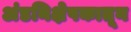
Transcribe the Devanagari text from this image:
अंडनिक्षेपकातून